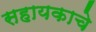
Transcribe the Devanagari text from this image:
सहायकाचे